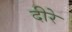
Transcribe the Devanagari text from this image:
दीरे